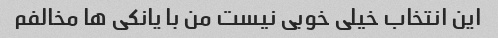
این انتخاب خیلی خوبی نیست من با یانکی ها مخالفم